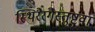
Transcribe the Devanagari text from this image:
स्थिरैरंगैस्तुष्टुवां